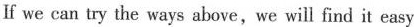
If we can try the ways above，we will find it easy